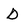
Character: d